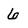
Character: 6